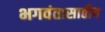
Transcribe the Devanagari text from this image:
भगवंतासाठीच